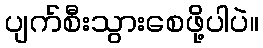
ပျက်စီးသွားစေဖို့ပါပဲ။